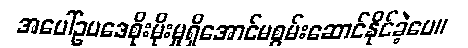
အပေါ်ဥပဒေစိုးမိုးမှုရှိအောင်မစွမ်းဆောင်နိုင်ခဲ့ပေ။